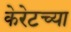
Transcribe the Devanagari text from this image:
केरेटच्या